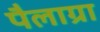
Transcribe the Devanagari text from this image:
पैलाग्रा